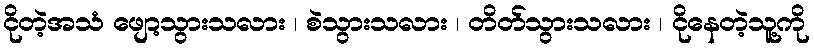
ငိုတဲ့အသံ ဖျော့သွားသလား ၊ စဲသွားသလား ၊ တိတ်သွားသလား ၊ ငိုနေတဲ့သူ့ကို